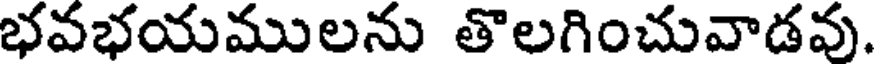
భవభయములను తొలగించువాడవు.